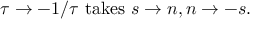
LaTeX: \tau \rightarrow - 1 / \tau \mathrm { ~ t a k e s ~ } s \rightarrow n , n \rightarrow - s .